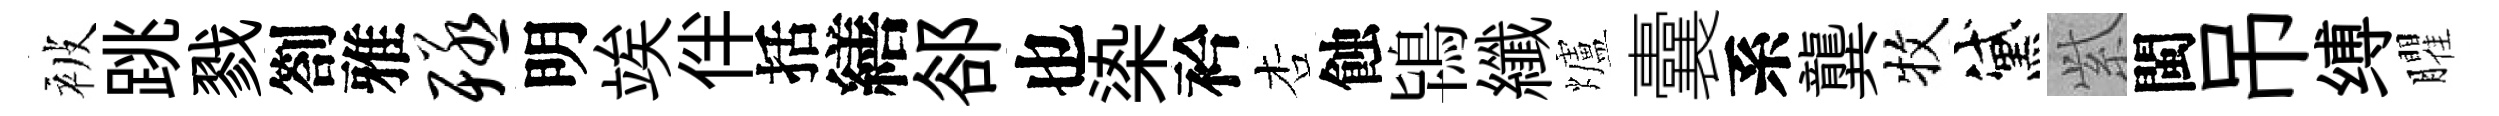
被跳戮劄雅殛明竢伴括繕郤也𣑱衿杏蝕鴇纖爐囊系龔牧黛𬗋閩吊缚臞